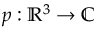
p : \mathbb { R } ^ { 3 } \to \mathbb { C }